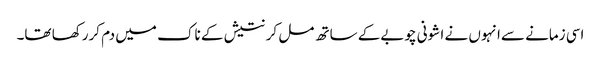
اسی زمانے سےانہوں نے ا شونی چوبےکے ساتھ مل کر نتیش کے ناک میں دم کررکھا تھا۔